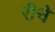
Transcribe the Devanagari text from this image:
रीचे